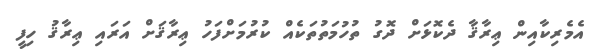
އެމެރިކާއިން ޢިރާޤާ ދެކޮޅަށް ދޮގު ތުހުމަތުތަކެއް ކުރުމަށްފަހު ޢިރާޤަށް އަރައި ޢިރާޤު ހިފީ